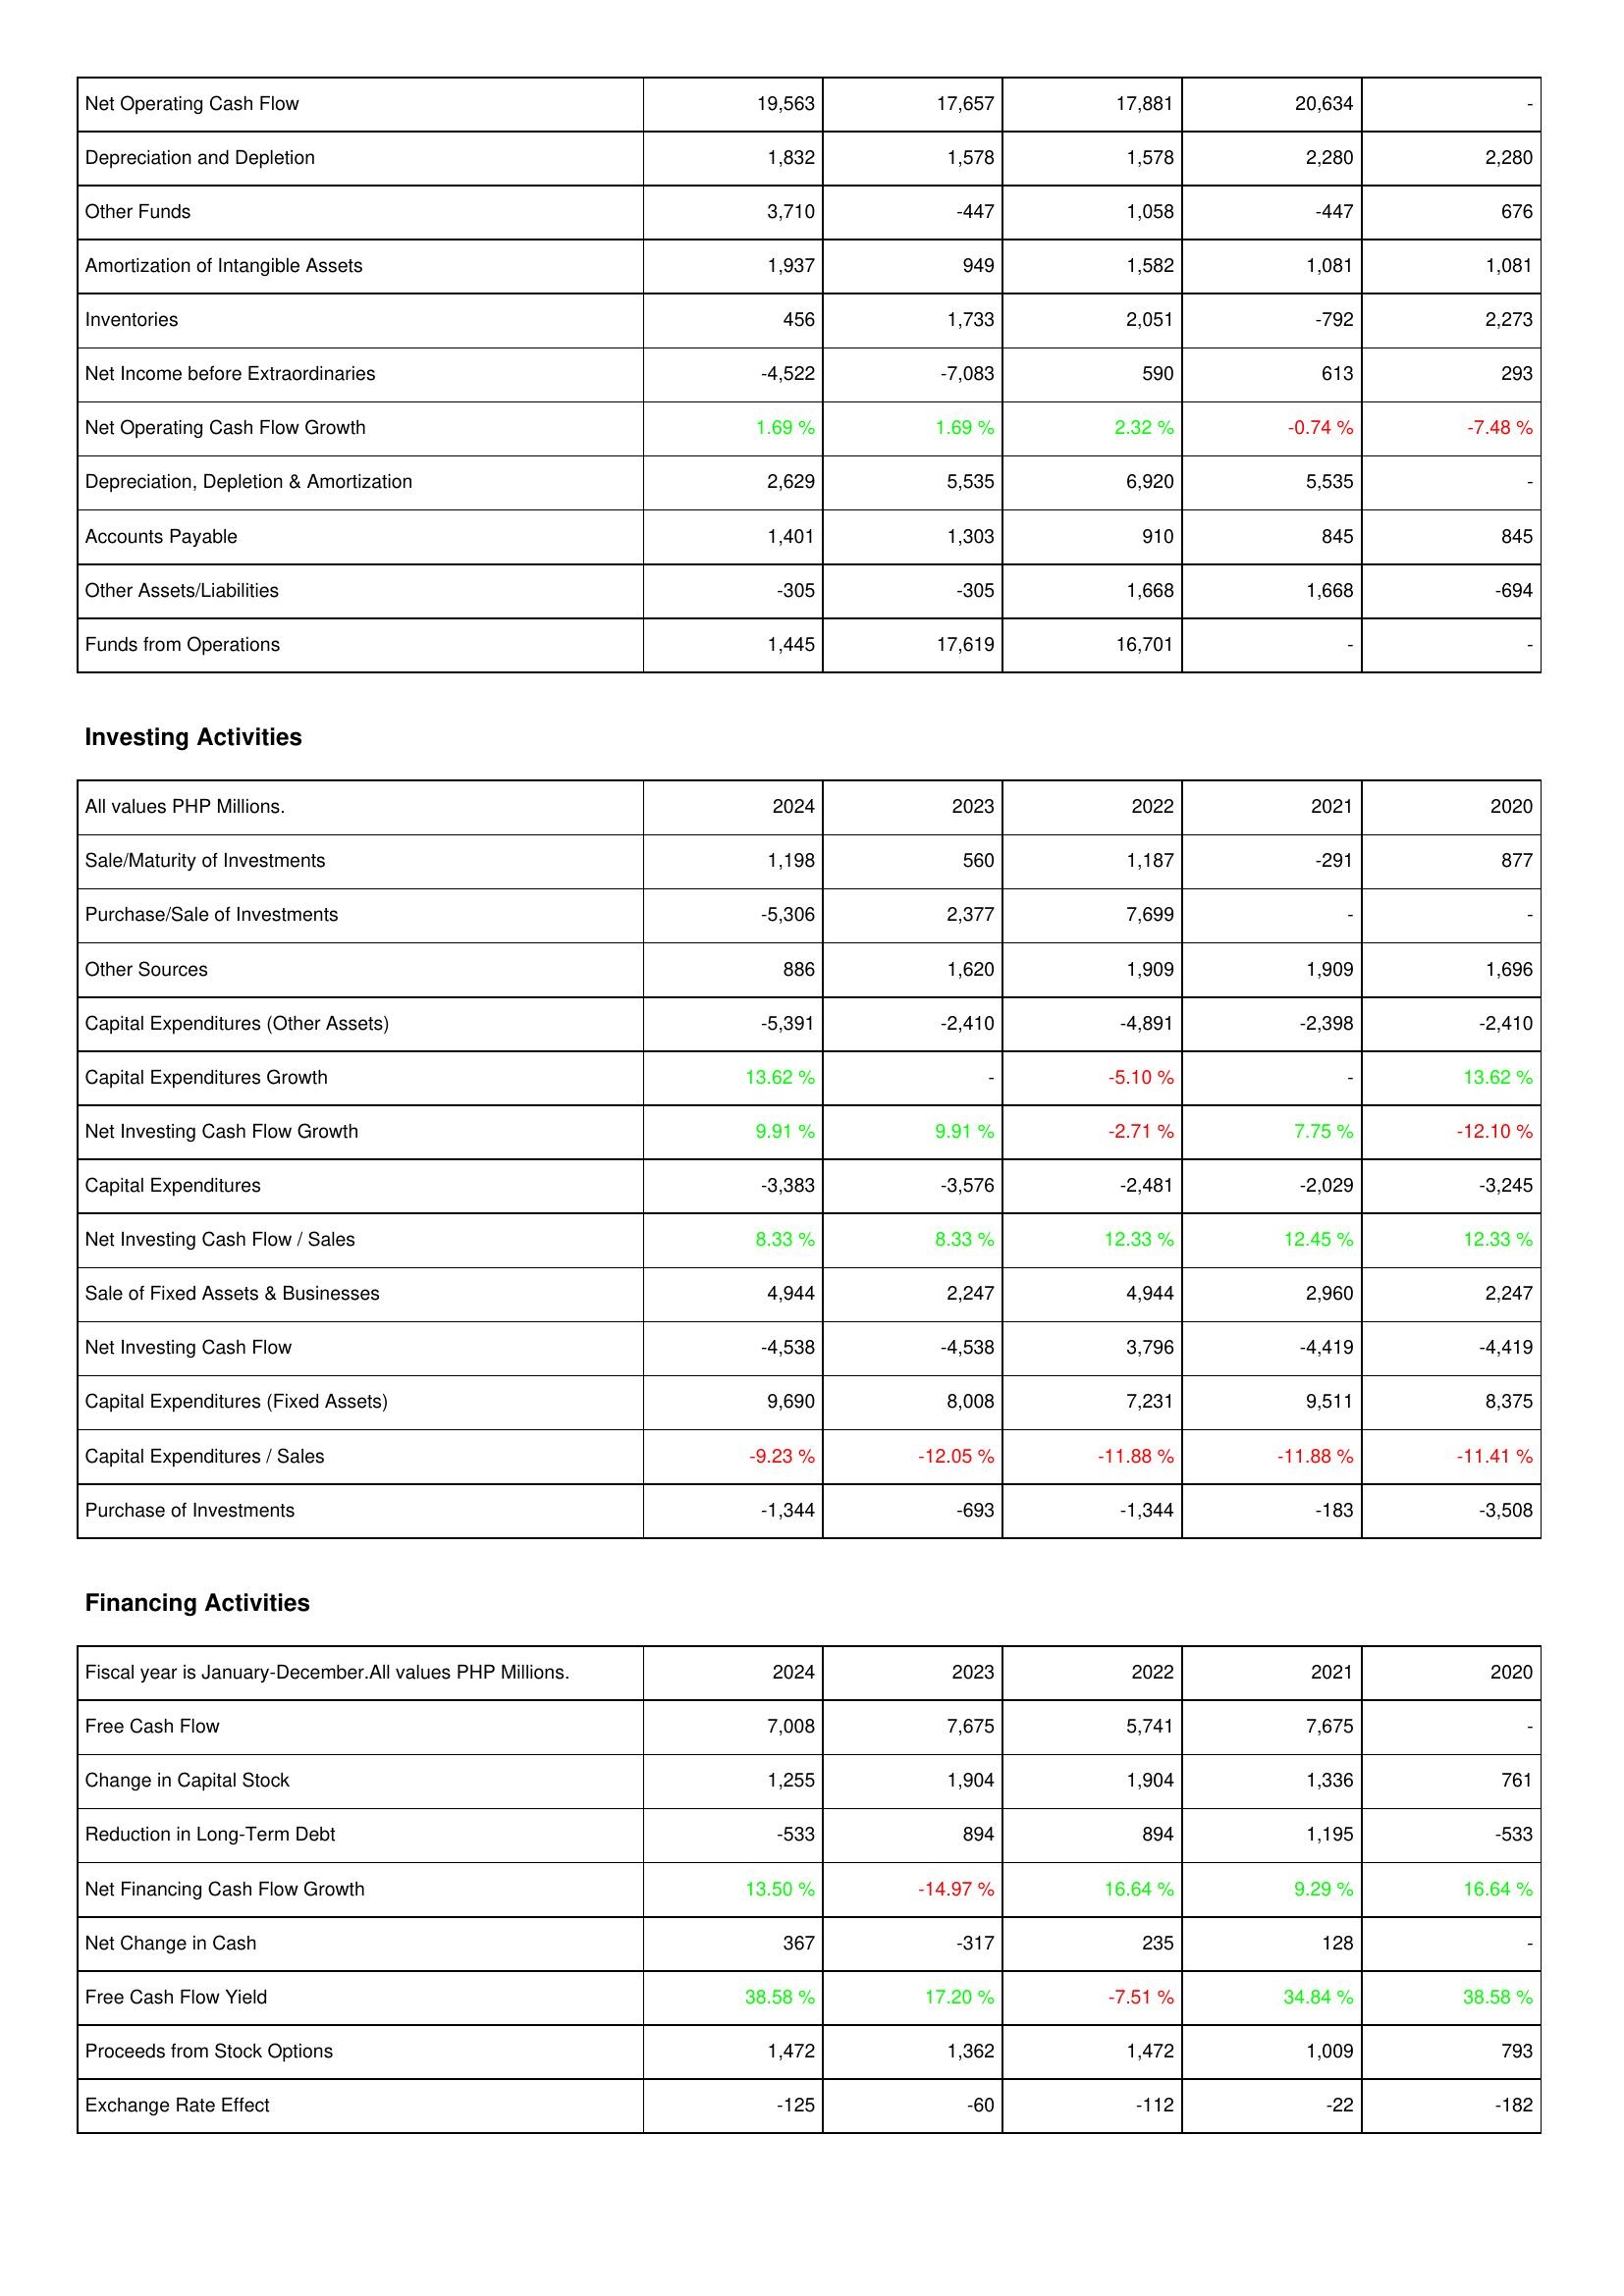
2024: Operating Activities: Net Operating Cash Flow: 19,563
Depreciation and Depletion: 1,832
Other Funds: 3,710
Amortization of Intangible Assets: 1,937
Inventories: 456
Net Income before Extraordinaries: -4,522
Net Operating Cash Flow Growth: 1.69 %
Depreciation, Depletion & Amortization: 2,629
Accounts Payable: 1,401
Other Assets/Liabilities: -305
Funds from Operations: 1,445
Investing Activities: Sale/Maturity of Investments: 1,198
Purchase/Sale of Investments: -5,306
Other Sources: 886
Capital Expenditures (Other Assets): -5,391
Capital Expenditures Growth: 13.62 %
Net Investing Cash Flow Growth: 9.91 %
Capital Expenditures: -3,383
Net Investing Cash Flow / Sales: 8.33 %
Sale of Fixed Assets & Businesses: 4,944
Net Investing Cash Flow: -4,538
Capital Expenditures (Fixed Assets): 9,690
Capital Expenditures / Sales: -9.23 %
Purchase of Investments: -1,344
Financing Activities: Free Cash Flow: 7,008
Change in Capital Stock: 1,255
Reduction in Long-Term Debt: -533
Net Financing Cash Flow Growth: 13.50 %
Net Change in Cash: 367
Free Cash Flow Yield: 38.58 %
Proceeds from Stock Options: 1,472
Exchange Rate Effect: -125
2023: Operating Activities: Net Operating Cash Flow: 17,657
Depreciation and Depletion: 1,578
Other Funds: -447
Amortization of Intangible Assets: 949
Inventories: 1,733
Net Income before Extraordinaries: -7,083
Net Operating Cash Flow Growth: 1.69 %
Depreciation, Depletion & Amortization: 5,535
Accounts Payable: 1,303
Other Assets/Liabilities: -305
Funds from Operations: 17,619
Investing Activities: Sale/Maturity of Investments: 560
Purchase/Sale of Investments: 2,377
Other Sources: 1,620
Capital Expenditures (Other Assets): -2,410
Capital Expenditures Growth: -
Net Investing Cash Flow Growth: 9.91 %
Capital Expenditures: -3,576
Net Investing Cash Flow / Sales: 8.33 %
Sale of Fixed Assets & Businesses: 2,247
Net Investing Cash Flow: -4,538
Capital Expenditures (Fixed Assets): 8,008
Capital Expenditures / Sales: -12.05 %
Purchase of Investments: -693
Financing Activities: Free Cash Flow: 7,675
Change in Capital Stock: 1,904
Reduction in Long-Term Debt: 894
Net Financing Cash Flow Growth: -14.97 %
Net Change in Cash: -317
Free Cash Flow Yield: 17.20 %
Proceeds from Stock Options: 1,362
Exchange Rate Effect: -60
2022: Operating Activities: Net Operating Cash Flow: 17,881
Depreciation and Depletion: 1,578
Other Funds: 1,058
Amortization of Intangible Assets: 1,582
Inventories: 2,051
Net Income before Extraordinaries: 590
Net Operating Cash Flow Growth: 2.32 %
Depreciation, Depletion & Amortization: 6,920
Accounts Payable: 910
Other Assets/Liabilities: 1,668
Funds from Operations: 16,701
Investing Activities: Sale/Maturity of Investments: 1,187
Purchase/Sale of Investments: 7,699
Other Sources: 1,909
Capital Expenditures (Other Assets): -4,891
Capital Expenditures Growth: -5.10 %
Net Investing Cash Flow Growth: -2.71 %
Capital Expenditures: -2,481
Net Investing Cash Flow / Sales: 12.33 %
Sale of Fixed Assets & Businesses: 4,944
Net Investing Cash Flow: 3,796
Capital Expenditures (Fixed Assets): 7,231
Capital Expenditures / Sales: -11.88 %
Purchase of Investments: -1,344
Financing Activities: Free Cash Flow: 5,741
Change in Capital Stock: 1,904
Reduction in Long-Term Debt: 894
Net Financing Cash Flow Growth: 16.64 %
Net Change in Cash: 235
Free Cash Flow Yield: -7.51 %
Proceeds from Stock Options: 1,472
Exchange Rate Effect: -112
2021: Operating Activities: Net Operating Cash Flow: 20,634
Depreciation and Depletion: 2,280
Other Funds: -447
Amortization of Intangible Assets: 1,081
Inventories: -792
Net Income before Extraordinaries: 613
Net Operating Cash Flow Growth: -0.74 %
Depreciation, Depletion & Amortization: 5,535
Accounts Payable: 845
Other Assets/Liabilities: 1,668
Funds from Operations: -
Investing Activities: Sale/Maturity of Investments: -291
Purchase/Sale of Investments: -
Other Sources: 1,909
Capital Expenditures (Other Assets): -2,398
Capital Expenditures Growth: -
Net Investing Cash Flow Growth: 7.75 %
Capital Expenditures: -2,029
Net Investing Cash Flow / Sales: 12.45 %
Sale of Fixed Assets & Businesses: 2,960
Net Investing Cash Flow: -4,419
Capital Expenditures (Fixed Assets): 9,511
Capital Expenditures / Sales: -11.88 %
Purchase of Investments: -183
Financing Activities: Free Cash Flow: 7,675
Change in Capital Stock: 1,336
Reduction in Long-Term Debt: 1,195
Net Financing Cash Flow Growth: 9.29 %
Net Change in Cash: 128
Free Cash Flow Yield: 34.84 %
Proceeds from Stock Options: 1,009
Exchange Rate Effect: -22
2020: Operating Activities: Net Operating Cash Flow: -
Depreciation and Depletion: 2,280
Other Funds: 676
Amortization of Intangible Assets: 1,081
Inventories: 2,273
Net Income before Extraordinaries: 293
Net Operating Cash Flow Growth: -7.48 %
Depreciation, Depletion & Amortization: -
Accounts Payable: 845
Other Assets/Liabilities: -694
Funds from Operations: -
Investing Activities: Sale/Maturity of Investments: 877
Purchase/Sale of Investments: -
Other Sources: 1,696
Capital Expenditures (Other Assets): -2,410
Capital Expenditures Growth: 13.62 %
Net Investing Cash Flow Growth: -12.10 %
Capital Expenditures: -3,245
Net Investing Cash Flow / Sales: 12.33 %
Sale of Fixed Assets & Businesses: 2,247
Net Investing Cash Flow: -4,419
Capital Expenditures (Fixed Assets): 8,375
Capital Expenditures / Sales: -11.41 %
Purchase of Investments: -3,508
Financing Activities: Free Cash Flow: -
Change in Capital Stock: 761
Reduction in Long-Term Debt: -533
Net Financing Cash Flow Growth: 16.64 %
Net Change in Cash: -
Free Cash Flow Yield: 38.58 %
Proceeds from Stock Options: 793
Exchange Rate Effect: -182